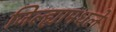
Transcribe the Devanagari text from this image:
जिल्ह्यामधले